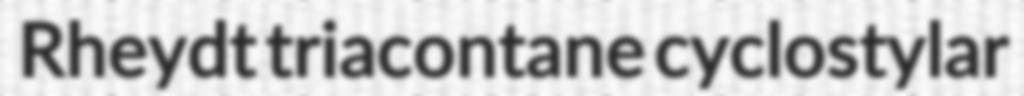
Rheydt triacontane cyclostylar